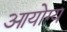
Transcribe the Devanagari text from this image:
आयोग्य